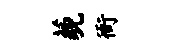
藐衙